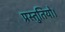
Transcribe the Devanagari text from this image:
प्रस्तुतियो।